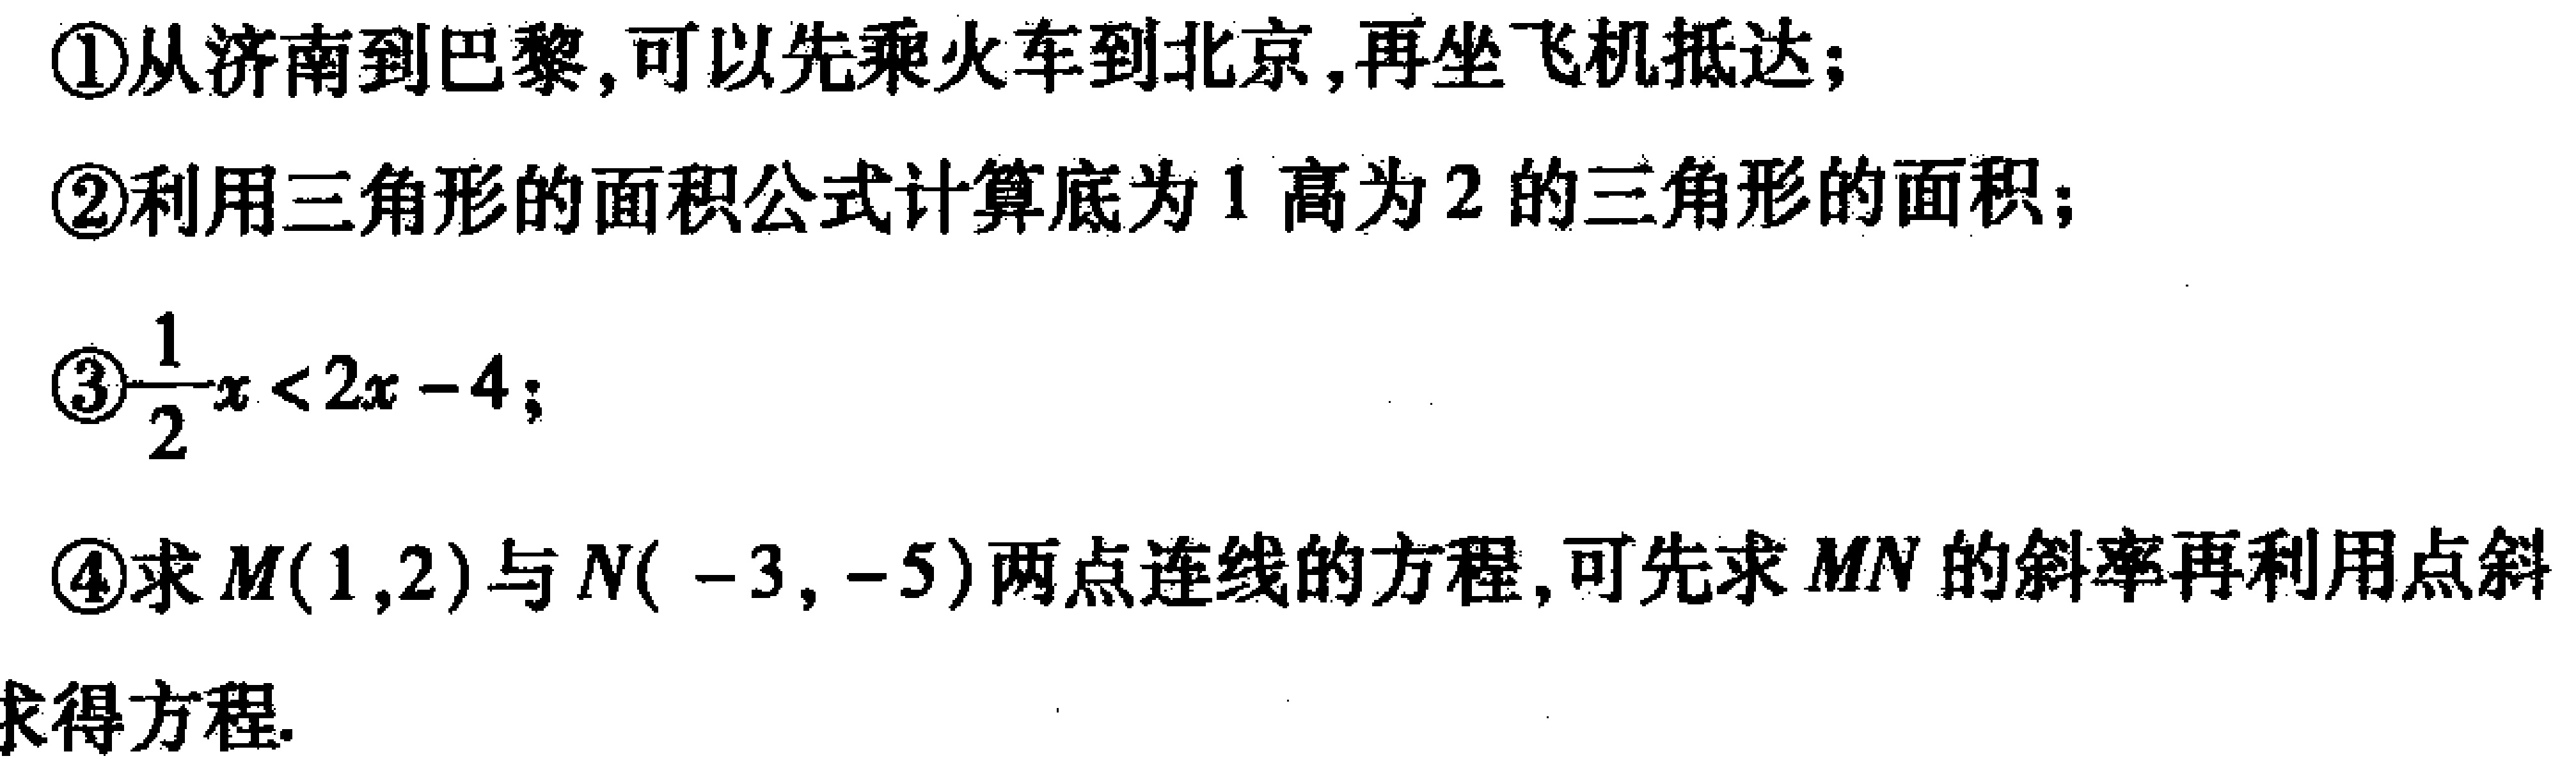
\textcircled{1}从济南到巴黎,可以先乘火车到北京,再坐飞机抵达;
\textcircled{2}利用三角形的面积公式计算底为$1$高为$2$的三角形的面积;
\textcircled{3}$\frac{1}{2}x < 2x - 4$;
\textcircled{4}求$M(1,2)$与$N(-3,-5)$两点连线的方程,可先求$MN$的斜率再利用点斜求得方程.